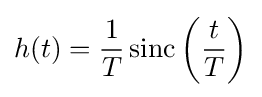
h(t)={\frac {1}{T}}\operatorname {sinc} \left({\frac {t}{T}}\right)